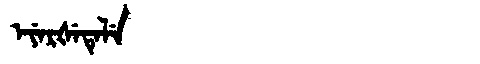
Manchu: ᡝᠶᡝᡵᡧᡝᡨᡝᠯᡝ
Romanization: EYERŠETELE